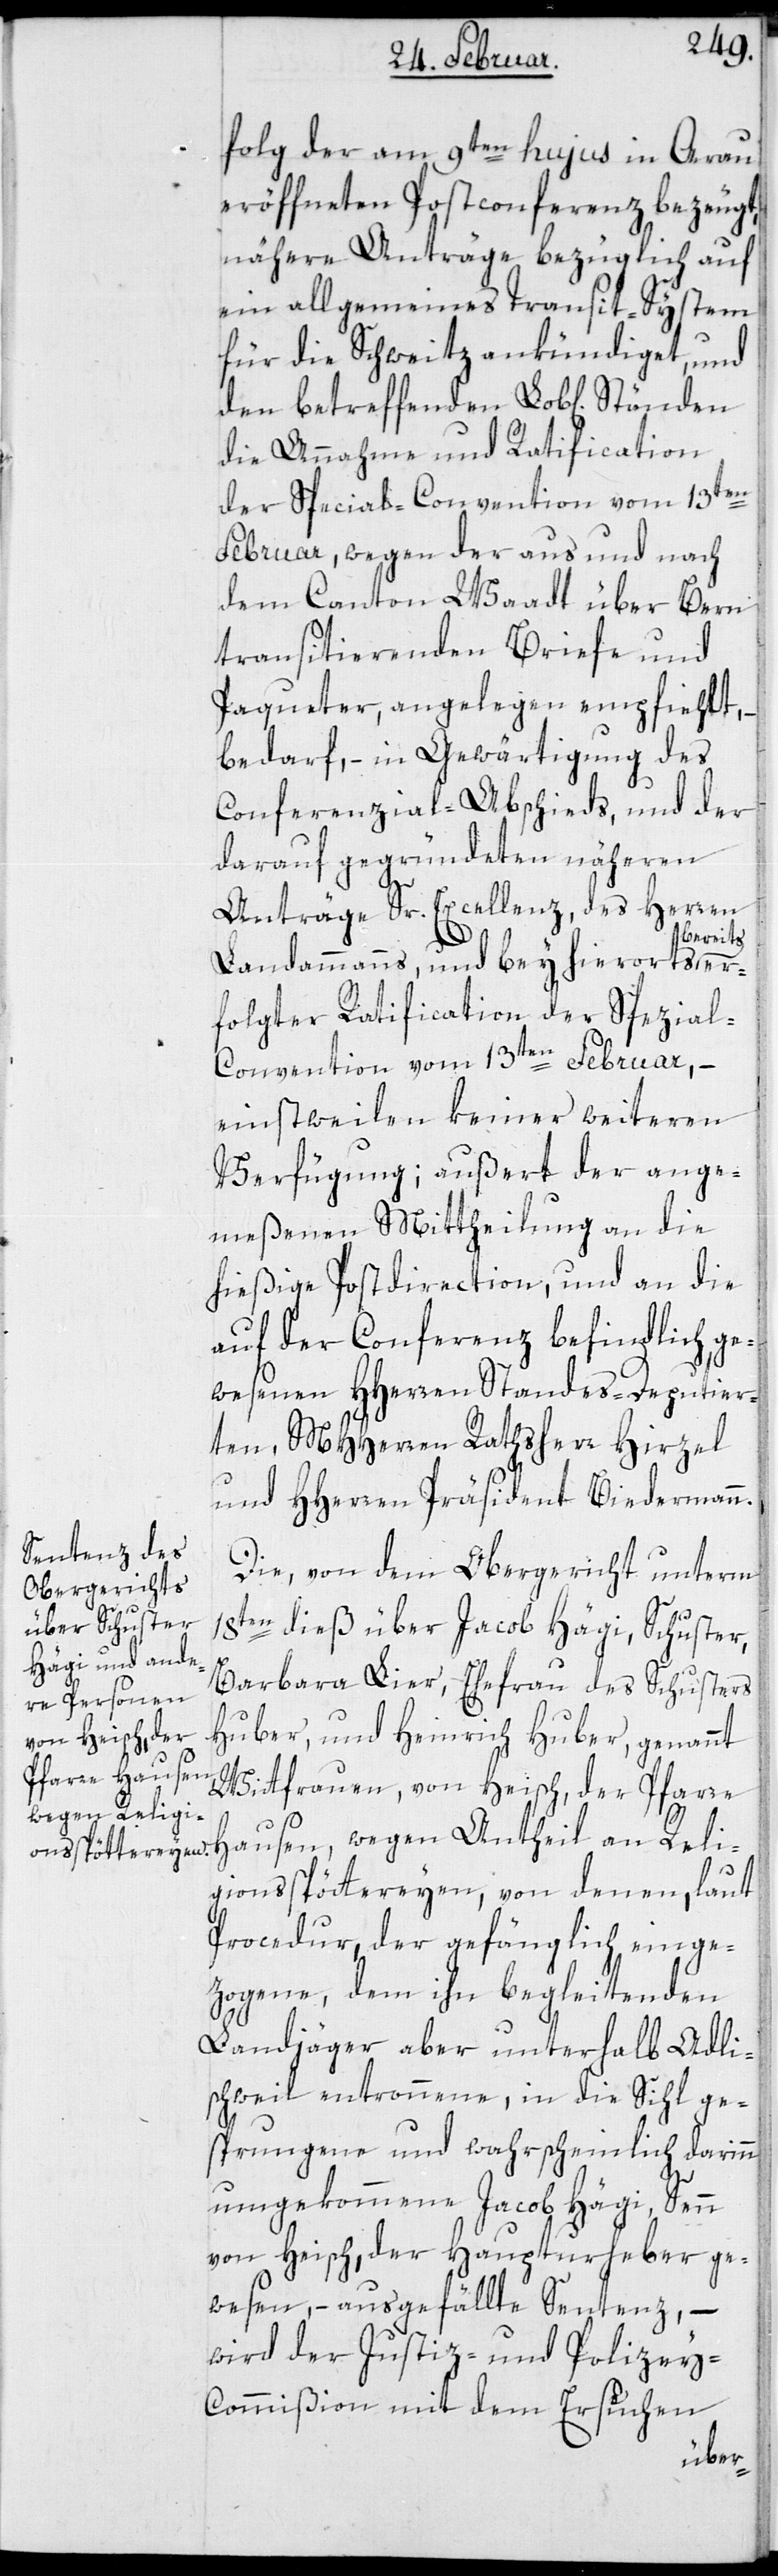
folg der am 9ten hujus in Arau
eröffneten Postconferenz bezeugt,
nähere Anträge bezüglich auf
ein allgemeines Transit-System
für die Schweitz ankündiget, und
den betreffenden Lob[lichen]
die Annahme und Ratification
der Special-Convention vom 13ten
Februar, wegen der aus und nach
dem Canton Waadt über Bern
transitierenden Briefe und
Paqueter, angelegen empfiehlt,
bedarf, in Gewärtigung des
Conferenzial-Abschieds, und der
darauf gegründeten näheren
Anträge Sr Excellenz des Herren
bereits
Landammanns, und bey hierorts
folgter Ratification der Spezia¬
l-Convention vom 13ten Februar, –
einstweilen keiner weiteren
Verfügung; außert der ange¬
meßenen Mittheilung an die
hießige Postdirection, und an die
auf der Conferenz befindlich ge¬
wesenen HHerren Standes-Deputier¬
ten, MHHerren Rathsherr Hirzel
und HHerren Präsident Biedermann.
Die von dem Obergericht unterm
18ten dieß über Jacob Hägi, Schuster,
Barbara Lier, Ehefrau des Schusters
Huber, und Heinrich Huber, genannt
Wittfrauen, von Heisch der Pfarre
gionsspöttereien, von denen laut
Procedur der gefänglich einge¬
zogene, dem ihn begleitenden
Landjäger aber unterhalb Adli¬
schweil entronnene, in die Sihl ge¬
sprungene und wahrscheinlich darin
umgekommene Jacob Hägi, Senn
von Heisch, der Haupturheber ge¬
wesen, – ausgefällte Sentenz, –
wird der Justiz- und Polizey-C¬
ommißion mit dem Ersuchen
Reli¬